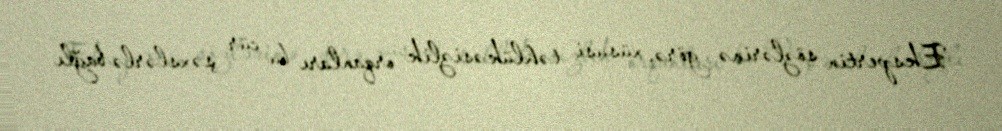
Ekspertin sözlərinə görə, xüsusi təhlükəsizlik orqanları bu cür şəxslərlə bağlı